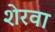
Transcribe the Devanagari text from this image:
शेरवा